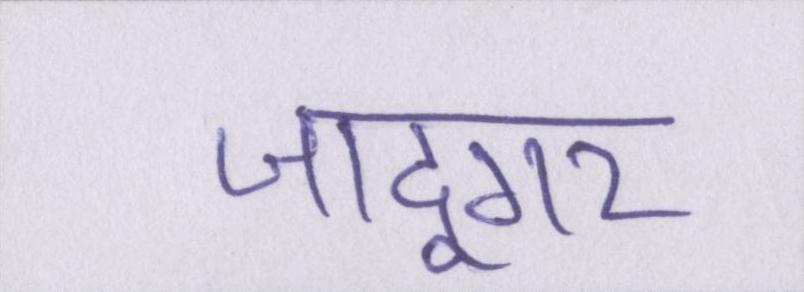
जादूगर